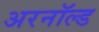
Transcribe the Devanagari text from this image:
अरनॉल्‍ड